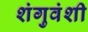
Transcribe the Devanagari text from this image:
शंगुवंशी